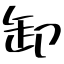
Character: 卸